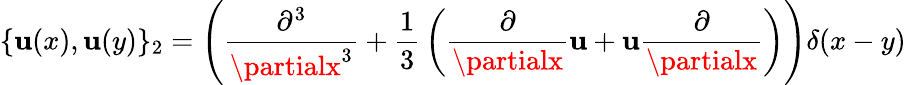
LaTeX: \{ \mathbf{u}(x),\mathbf{u}(y)\} _{2}=\left({\frac{{\partial^{3}}}{{\partialx^{3}}}}+{\frac{{1}}{{3}}}\left({\frac{{\partial}}{{\partialx}}}\mathbf{u}+\mathbf{u}{\frac{{\partial}}{{\partialx}}}\right)\right)\delta(x-y)